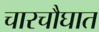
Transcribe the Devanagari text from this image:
चारचौघात